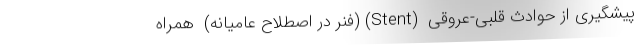
پیشگیری از حوادث قلبی-عروقی  (Stent) (فنر در اصطلاح عامیانه)  همراه